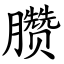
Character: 臜